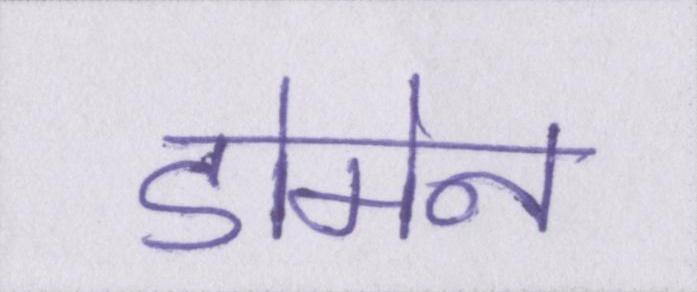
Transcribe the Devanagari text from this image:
डोमेन